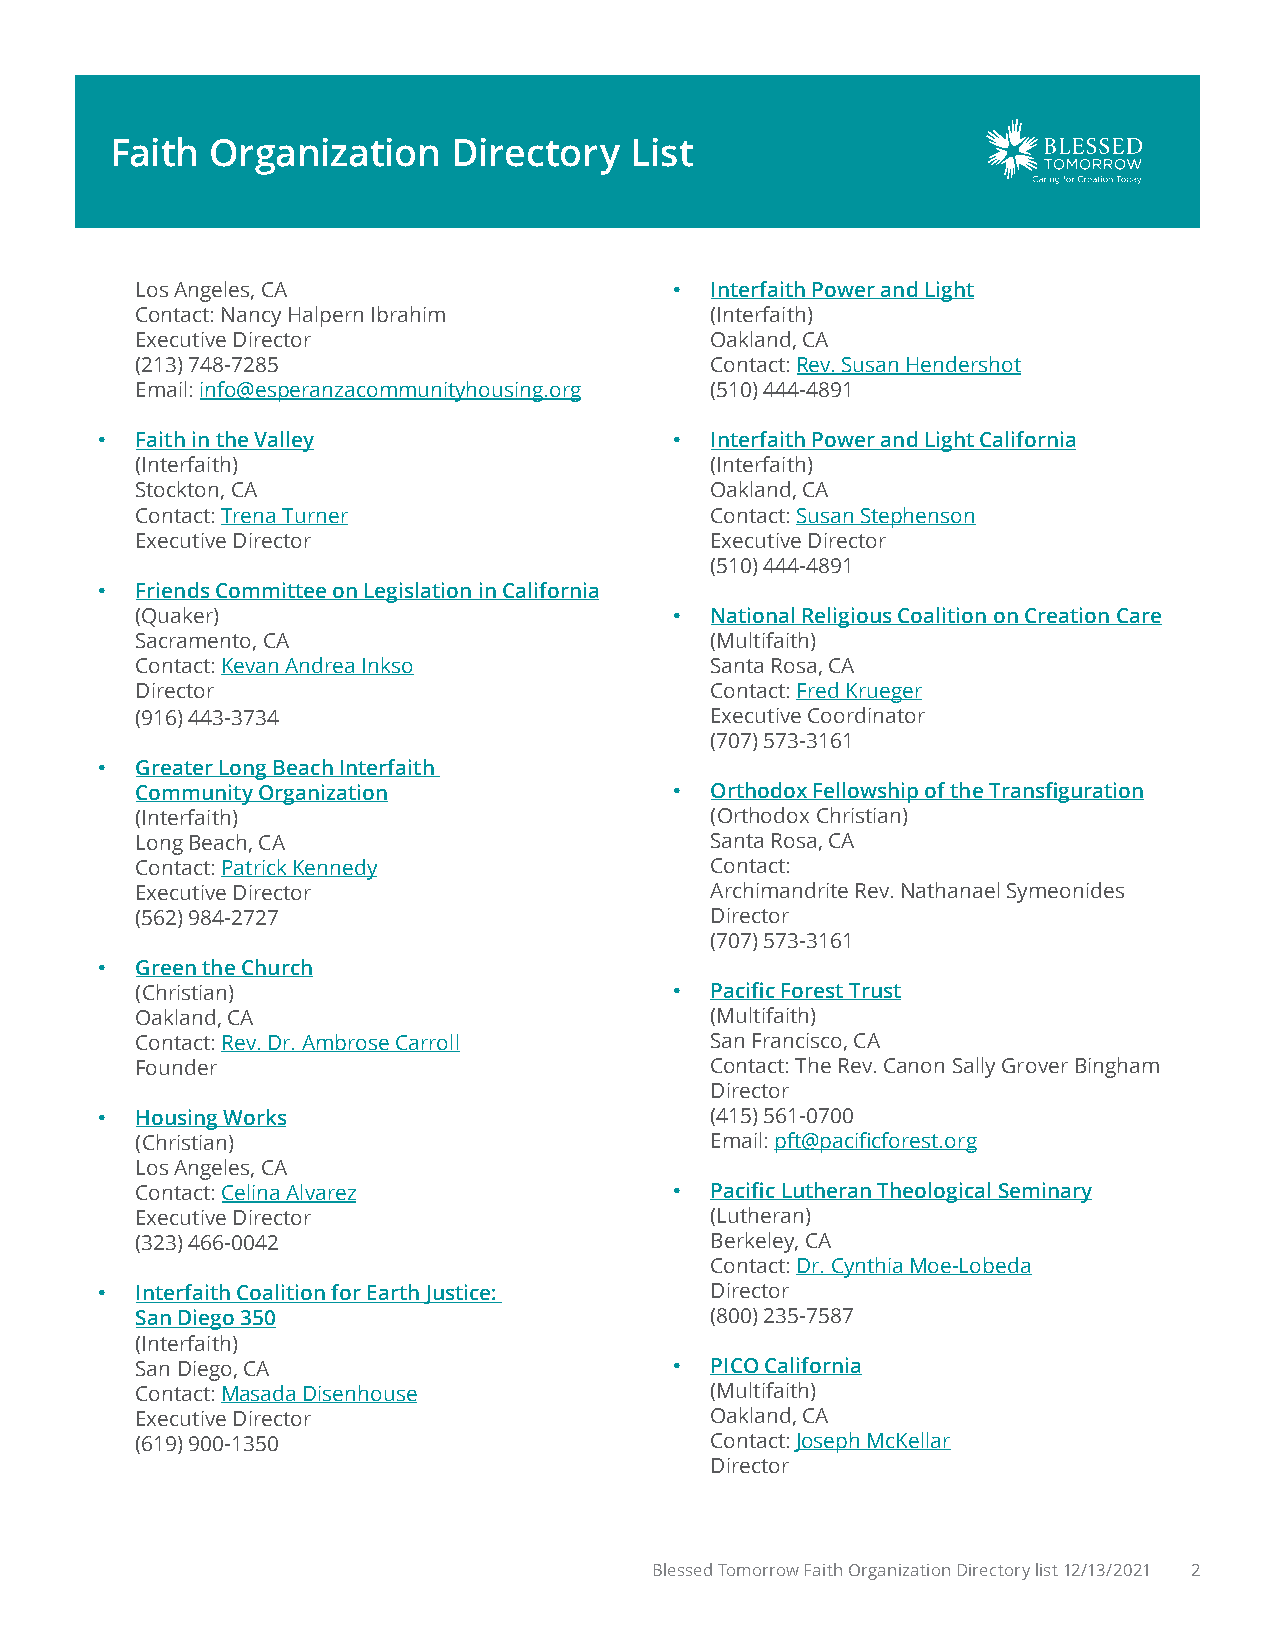
Faith  Organization    Directory   List
 Los Angeles, CA                     • Interfaith Power and Light
 Contact: Nancy Halpern Ibrahim        (Interfaith)
 Executive Director                    Oakland, CA
 (213) 748-7285                        Contact: Rev. Susan Hendershot
 Email: info@esperanzacommunityhousing.org (510) 444-4891
 •  Faith in the Valley                 • Interfaith Power and Light California
 (Interfaith)                          (Interfaith)
 Stockton, CA                          Oakland, CA
 Contact: Trena Turner                 Contact: Susan Stephenson
 Executive Director                    Executive Director
 (510) 444-4891
 •  Friends Committee on Legislation in California
 (Quaker)                            • National Religious Coalition on Creation Care
 Sacramento, CA                        (Multifaith)
 Contact: Kevan Andrea Inkso           Santa Rosa, CA
 Director                              Contact: Fred Krueger
 (916) 443-3734                        Executive Coordinator
 (707) 573-3161
 •  Greater Long Beach Interfaith
 Community Organization              • Orthodox Fellowship of the Transfiguration
 (Interfaith)                          (Orthodox Christian)
 Long Beach, CA                        Santa Rosa, CA
 Contact: Patrick Kennedy              Contact:
 Executive Director                    Archimandrite Rev. Nathanael Symeonides
 (562) 984-2727                        Director
 (707) 573-3161
 •  Green the Church
 (Christian)                         • Pacific Forest Trust
 Oakland, CA                           (Multifaith)
 Contact: Rev. Dr. Ambrose Carroll     San Francisco, CA
 Founder                               Contact: The Rev. Canon Sally Grover Bingham
 Director
 •  Housing Works                         (415) 561-0700
 (Christian)                           Email: pft@pacificforest.org
 Los Angeles, CA
 Contact: Celina Alvarez             • Pacific Lutheran Theological Seminary
 Executive Director                    (Lutheran)
 (323) 466-0042                        Berkeley, CA
 Contact: Dr. Cynthia Moe-Lobeda
 •  Interfaith Coalition for Earth Justice: Director
 San Diego 350                         (800) 235-7587
 (Interfaith)
 San Diego, CA                       • PICO California
 Contact: Masada Disenhouse            (Multifaith)
 Executive Director                    Oakland, CA
 (619) 900-1350                        Contact: Joseph McKellar
 Director
 Blessed Tomorrow Faith Organization Directory list 12/13/2021 2